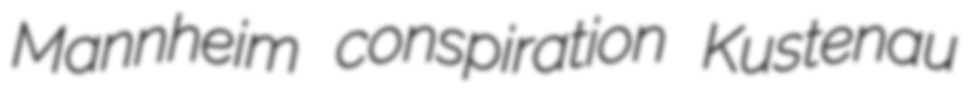
Mannheim conspiration Kustenau